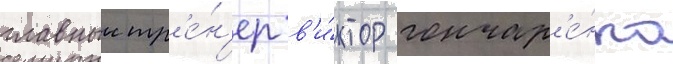
главныи тр'е́н'ер в'и́ктор гончар'е́нко